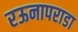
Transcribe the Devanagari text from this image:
रऊनापराडा